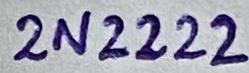
Text: 2N2222